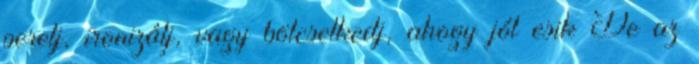
perelj, ironizálj, vagy bölcselkedj, ahogy jól esik De az